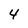
Character: 4